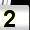
Digit: 2